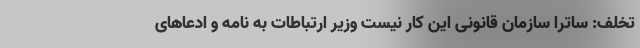
تخلف: ساترا سازمان قانونی این کار نیست وزیر ارتباطات به نامه و ادعاهای